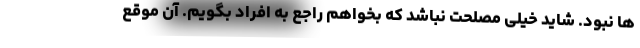
ها نبود. شاید خیلی مصلحت نباشد که بخواهم راجع به افراد بگویم. آن موقع